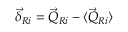
\vec { \delta } _ { R i } = \vec { Q } _ { R i } - \langle \vec { Q } _ { R i } \rangle